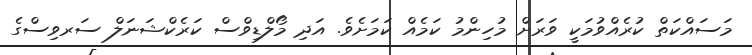
މަސައްކަތް ކުރެއްވުމަކީ ވަރަށް މުހިންމު ކަމެއް ކަމަށެވެ. އަދި މޯލްޑިވްސް ކަރެކްޝަނަލް ސަރވިސްގެ